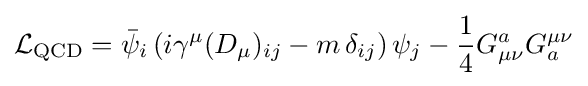
{\mathcal {L}}_{\mathrm {QCD} }={\bar {\psi }}_{i}\left(i\gamma ^{\mu }(D_{\mu })_{ij}-m\,\delta _{ij}\right)\psi _{j}-{\frac {1}{4}}G_{\mu \nu }^{a}G_{a}^{\mu \nu }